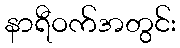
နာရီဝက်အတွင်း